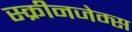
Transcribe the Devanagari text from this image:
स्क्रीनजेम्स